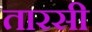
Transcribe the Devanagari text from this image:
तारसी